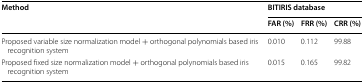
<table><thead><tr><td rowspan="2"><b>Method</b></td><td colspan="3"><b>BITIRIS database</b></td></tr><tr><td><b>FAR (%)</b></td><td><b>FRR (%)</b></td><td><b>CRR (%)</b></td></tr></thead><tbody><tr><td>Proposed variable size normalization model + orthogonal polynomials based iris recognition system</td><td>0.010</td><td>0.112</td><td>99.88</td></tr><tr><td>Proposed fixed size normalization model + orthogonal polynomials based iris recognition system</td><td>0.015</td><td>0.165</td><td>99.82</td></tr></tbody></table>